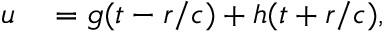
\begin{array} { r l } { u } & { { } = g ( t - r / c ) + h ( t + r / c ) , } \end{array}